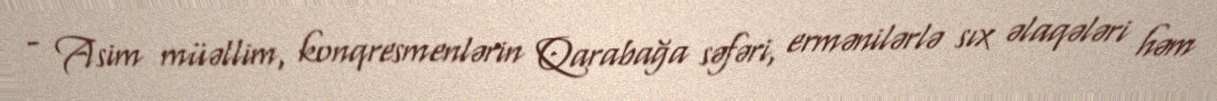
- Asim müəllim, konqresmenlərin Qarabağa səfəri, ermənilərlə sıx əlaqələri həm